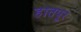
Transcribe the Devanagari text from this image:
हातपूर